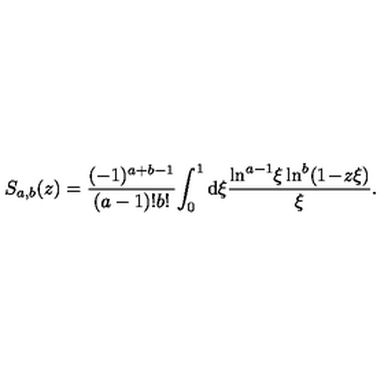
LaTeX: S _ { a , b } ( z ) = \frac { ( - 1 ) ^ { a + b - 1 } } { ( a - 1 ) ! b ! } \! \int _ { 0 } ^ { 1 } \mathrm { d } \xi \frac { \ln ^ { a - 1 } \! \xi \ln ^ { b } ( 1 \! - \! z \xi ) } { \xi } .